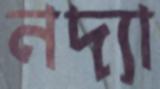
নদ্যা